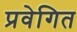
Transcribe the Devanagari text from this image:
प्रवेगित